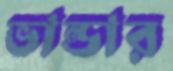
ভান্ডার